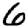
Digit: 6